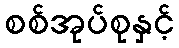
စစ်အုပ်စုနှင့်